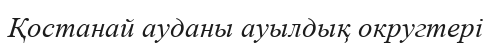
Қостанай ауданы ауылдық округтері